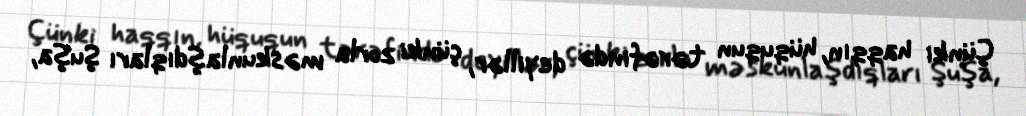
Çünki haqqın, hüququn tərəfində deyillər, çünki zorla məskunlaşdıqları Şuşa,